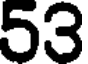
53